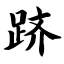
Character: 跻